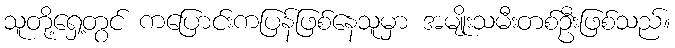
သူတို့ရှေ့တွင် ကပြောင်းကပြန်ဖြစ်နေသူမှာ အမျိုးသမီးတစ်ဦးဖြစ်သည်။